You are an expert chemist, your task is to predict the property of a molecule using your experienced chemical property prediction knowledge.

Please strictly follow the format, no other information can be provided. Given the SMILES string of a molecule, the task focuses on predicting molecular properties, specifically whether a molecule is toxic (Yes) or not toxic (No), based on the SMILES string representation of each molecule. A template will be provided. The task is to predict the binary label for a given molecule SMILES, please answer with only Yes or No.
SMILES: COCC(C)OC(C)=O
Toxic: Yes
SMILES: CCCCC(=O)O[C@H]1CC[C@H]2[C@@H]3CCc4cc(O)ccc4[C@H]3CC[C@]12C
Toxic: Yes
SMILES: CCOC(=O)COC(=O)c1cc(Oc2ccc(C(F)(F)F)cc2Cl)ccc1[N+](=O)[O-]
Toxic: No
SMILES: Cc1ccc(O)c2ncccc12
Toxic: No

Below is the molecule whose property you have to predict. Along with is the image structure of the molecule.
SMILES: CCCCC(CC)(CO)CO
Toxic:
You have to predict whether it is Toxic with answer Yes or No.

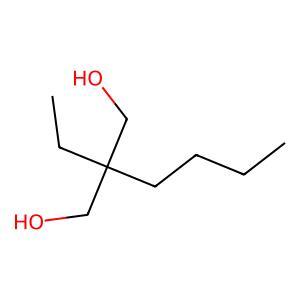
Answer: No